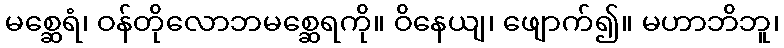
မစ္ဆေရံ၊ ဝန်တိုလောဘမစ္ဆေရကို။ ဝိနေယျ၊ ဖျောက်၍။ မဟာဘိဘူ၊